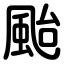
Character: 颱